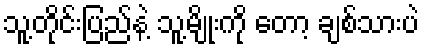
သူ့တိုင်းပြည်နဲ့ သူ့မျိုးကို တော့ ချစ်သားပဲ